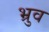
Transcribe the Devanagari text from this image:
भ्रुव